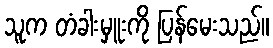
သူက တံခါးမှူးကို ပြန်မေးသည်။